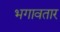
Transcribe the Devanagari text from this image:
भगावतार